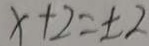
x + 2 = \pm 2